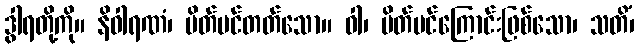
ဒွါရတို့ကို။ နိဝါရဏံ၊ ပိတ်ပင်တတ်သော။ ဝါ၊ ပိတ်ပင်ကြောင်းဖြစ်သော၊ သတိံ၊